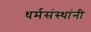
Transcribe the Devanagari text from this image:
धर्मसंस्थांनी